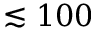
\lesssim 1 0 0